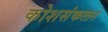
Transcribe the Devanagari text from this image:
कोशसंकलन